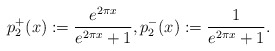
\begin{align*}p_2^+(x):=\frac{e^{2\pi x}}{e^{2\pi x}+1},p_2^-(x):=\frac{1}{e^{2\pi x}+1}.\end{align*}